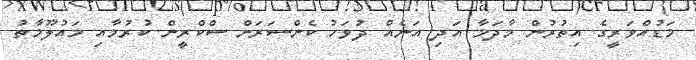
މަޑުއްވަރީގެ އިތުރުން މާދަމާ އަދި އަނެއް ދުވަހު ކެންސަރަށް ސްކްރީން ކުރުމާއި މައުލޫމާތު